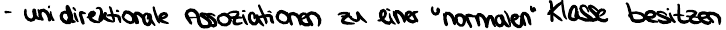
- unidirektionale Assoziationen zu einer "normalen" Klasse besitzen